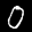
Label: 0